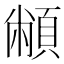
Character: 𩓝